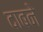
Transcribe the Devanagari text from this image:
दाबने